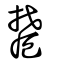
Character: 㯄